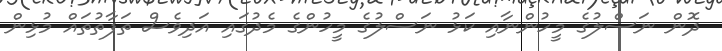
ދޮން ނަސްލުގެ މީހުންނާއި ކަޅު ނަސްލުގެ މީހުންގެ މެދުގައި އަދިވެސް ތަފާތުތައް މުޅިން